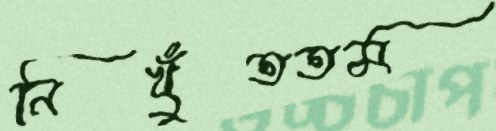
নিখুঁততম